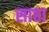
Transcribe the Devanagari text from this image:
साप्ता